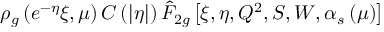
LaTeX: \rho _ { g } \left( e ^ { - \eta } \xi , \mu \right) { \cal { C } } \left( \left| \eta \right| \right) \hat { F } _ { 2 g } \left[ \xi , \eta , Q ^ { 2 } , S , W , \alpha _ { s } \left( \mu \right) \right]